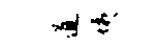
道姨